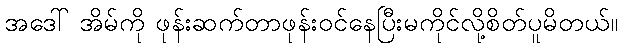
အဒေါ် အိမ်ကို ဖုန်းဆက်တာဖုန်းဝင်နေပြီးမကိုင်လို့စိတ်ပူမိတယ်။